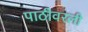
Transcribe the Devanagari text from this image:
पाठीवरली